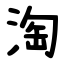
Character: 淘